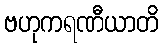
ဗဟုကရဏီယာတိ